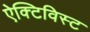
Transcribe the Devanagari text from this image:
ऐक्टिविस्ट